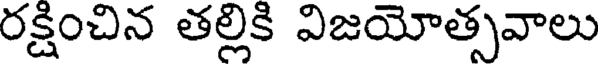
రక్షించిన తల్లికి విజయోత్సవాలు